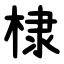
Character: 棣